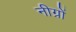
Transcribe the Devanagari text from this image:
नीग्रों